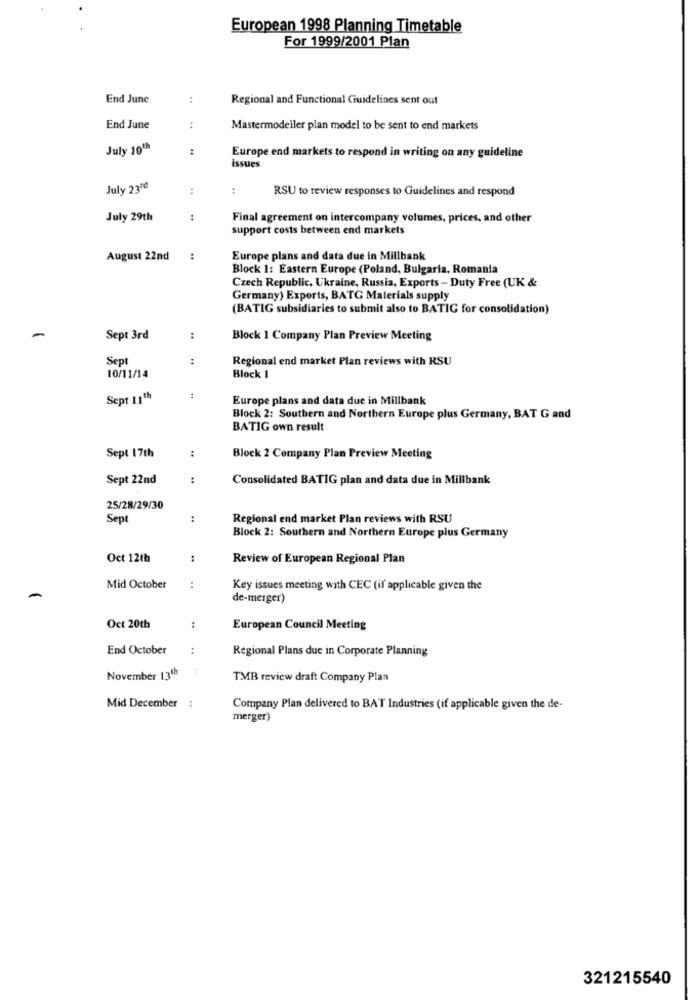
European 1998 Planning Timetable
For 1999/2001 Plan
End June
:
Regional and Functional Guidelines sent out
End June
:
Mastermodeller plan model to be sent to end markets
July 10"
:
Europe end markets to respond in writing on any guideline
issues
July 2310
:
:
RSU to review responses to Guidelines and respond
July 29th
:
Final agreement on intercompany volumes, prices, and other
support costs between end markets
August 22nd
:
Europe plans and data due in Millbank
Block 1: Eastern Europe (Poland, Bulgaria, Romania
Czech Republic, Ukraine, Russia, Exports - Duty Free (UK &
Germany) Exports, BATG Materials supply
(BATIG subsidiaries to submit also to BATIG for consolidation)
Sept 3rd
:
Block 1 Company Plan Preview Meeting
Sept
Regional end market Plan reviews with RSU
10/11/14
Block I
Sept 11th
Europe plans and data due in Millbank
Block 2: Southern and Northern Europe plus Germany, BAT G and
BATIG own result
Sept 17th
:
Block 2 Company Plan Preview Meeting
Sept 22nd
:
Consolidated BATIG plan and data due in Millbank
25/28/29/30
Sept
:
Regional end market Plan reviews with RSU
Block 2: Southern and Northern Europe plus Germany
Oct 12th
:
Review of European Regional Plan
Mid October
:
Key issues meeting with CEC (if applicable given the
de-merger)
Oct 20th
:
European Council Meeting
End October
Regional Plans due in Corporate Planning
November 131h
TMB review draft Company Plan
Mid December :
Company Plan delivered to BAT Industries (if applicable given the de-
merger)
321215540